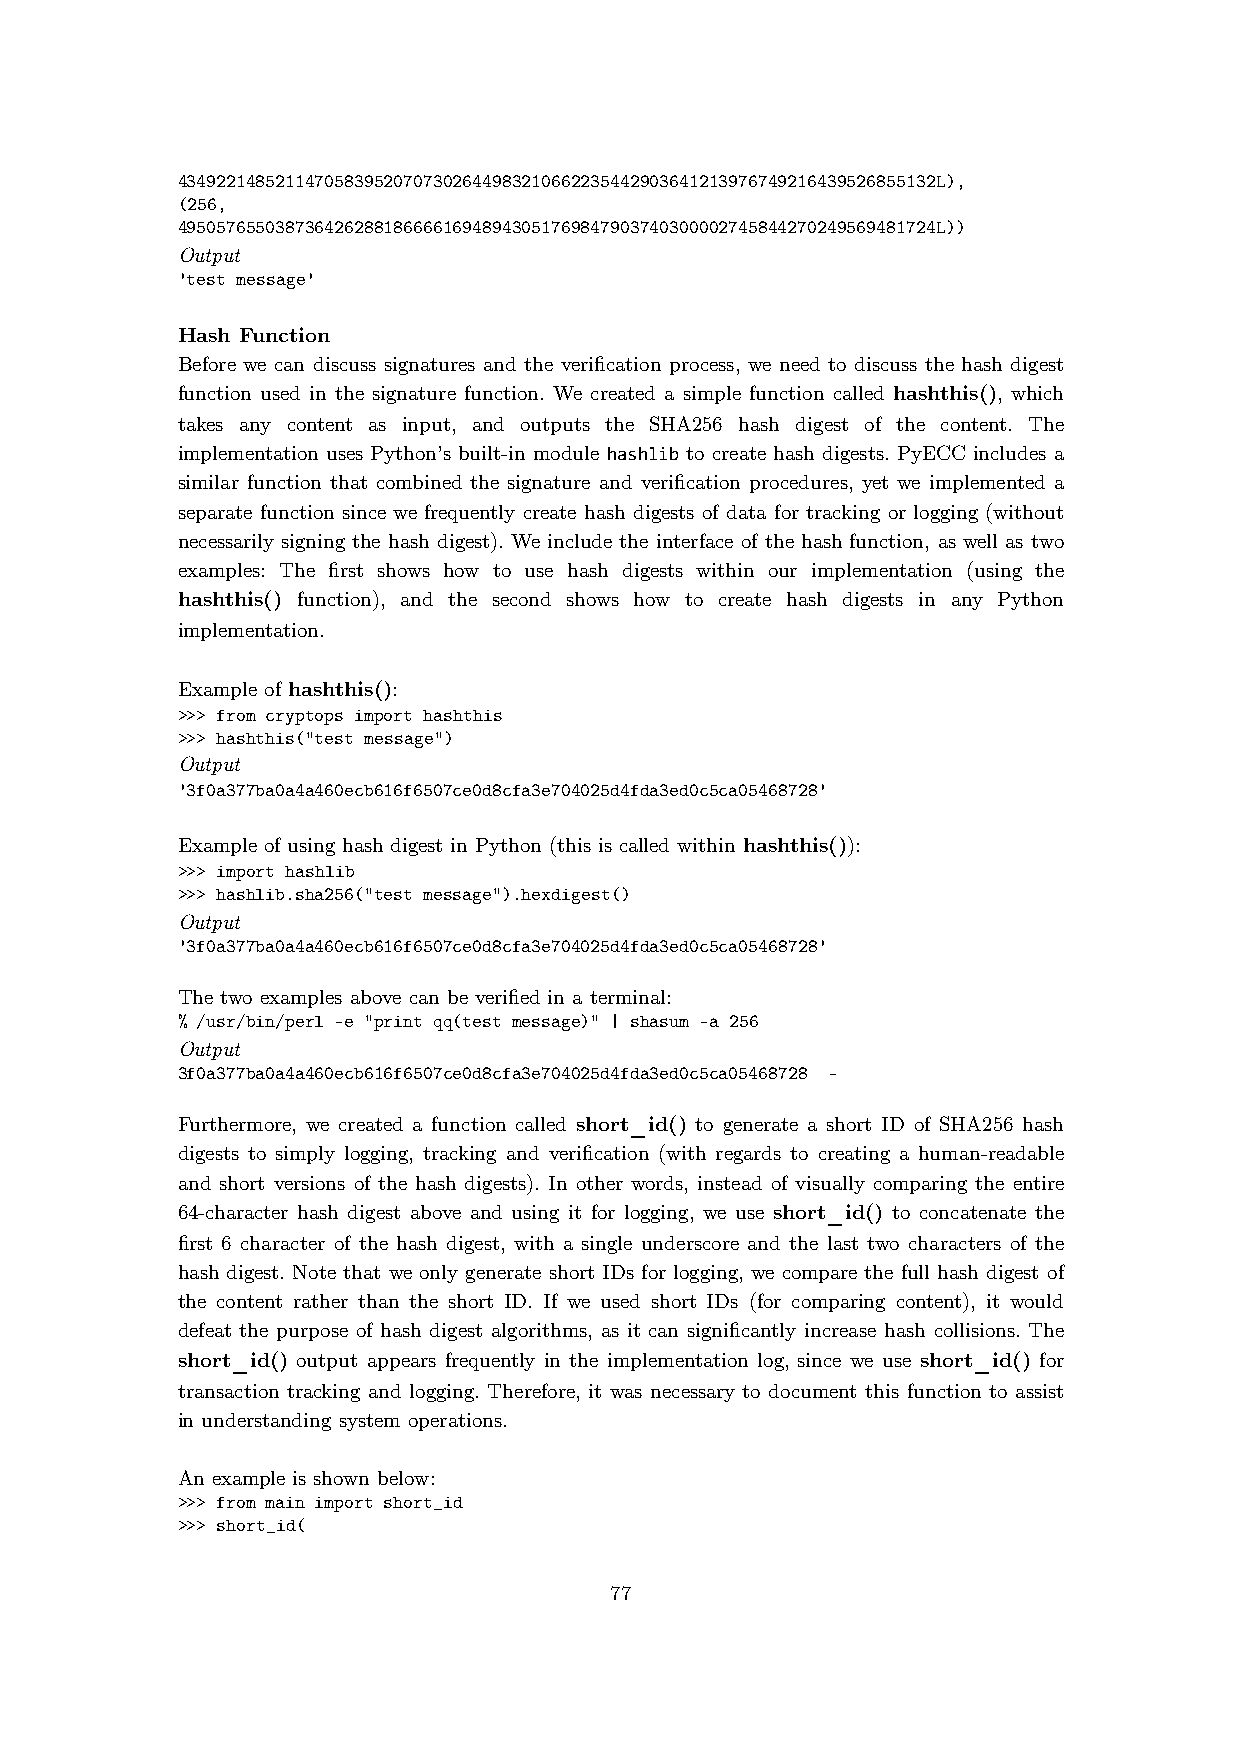
43492214852114705839520707302644983210662235442903641213976749216439526855132L),
 (256,
 49505765503873642628818666616948943051769847903740300002745844270249569481724L))
 Output
 'test message'
 Hash Function
 Before we can discuss signatures and the verification process, we need to discuss the hash digest
 function used in the signature function. We created a simple function called hashthis(), which
 takes any content as input, and outputs the SHA256 hash digest of the content. The
 implementation uses Python’s built-in module hashlib to create hash digests. PyECC includes a
 similar function that combined the signature and verification procedures, yet we implemented a
 separate function since we frequently create hash digests of data for tracking or logging (without
 necessarily signing the hash digest). We include the interface of the hash function, as well as two
 examples: The first shows how to use hash digests within our implementation (using the
 hashthis() function), and the second shows how to create hash digests in any Python
 implementation.
 Example of hashthis():
 >>> from cryptops import hashthis
 >>> hashthis("test message")
 Output
 '3f0a377ba0a4a460ecb616f6507ce0d8cfa3e704025d4fda3ed0c5ca05468728'
 Example of using hash digest in Python (this is called within hashthis()):
 >>> import hashlib
 >>> hashlib.sha256("test message").hexdigest()
 Output
 '3f0a377ba0a4a460ecb616f6507ce0d8cfa3e704025d4fda3ed0c5ca05468728'
 The two examples above can be verified in a terminal:
 % /usr/bin/perl -e "print qq(test message)" | shasum -a 256
 Output
 3f0a377ba0a4a460ecb616f6507ce0d8cfa3e704025d4fda3ed0c5ca05468728 -
 Furthermore, we created a function called short_id() to generate a short ID of SHA256 hash
 digests to simply logging, tracking and verification (with regards to creating a human-readable
 and short versions of the hash digests). In other words, instead of visually comparing the entire
 64-character hash digest above and using it for logging, we use short_id() to concatenate the
 first 6 character of the hash digest, with a single underscore and the last two characters of the
 hash digest. Note that we only generate short IDs for logging, we compare the full hash digest of
 the content rather than the short ID. If we used short IDs (for comparing content), it would
 defeat the purpose of hash digest algorithms, as it can significantly increase hash collisions. The
 short_id() output appears frequently in the implementation log, since we use short_id() for
 transaction tracking and logging. Therefore, it was necessary to document this function to assist
 in understanding system operations.
 An example is shown below:
 >>> from main import short_id
 >>> short_id(
 77